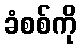
ခံစစ်ကို